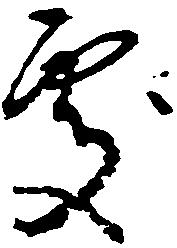
処